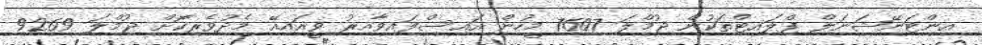
އިންޓަނޭޝަނަލް ފްލައިޓްތަކުން ޖުމްލަ 7607 މީހުން އައިސްފައިވާއިރު ވީއައިއޭ މެދުވެރިކޮށް ޖުމްލަ 9269